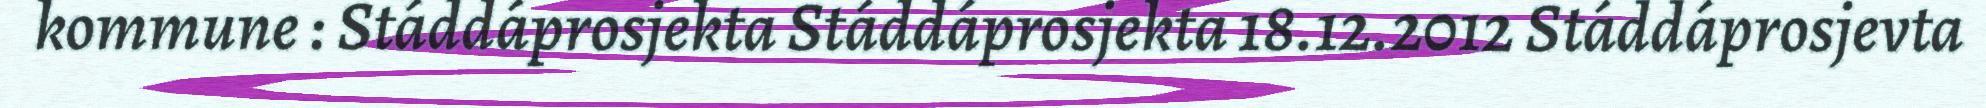
kommune : Stáddáprosjekta Stáddáprosjekta 18.12.2012 Stáddáprosjevta